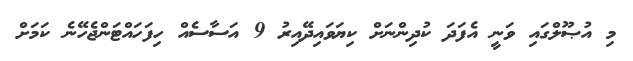
މި އުޞޫލްގައި ވަނީ އެފަދަ ކުދިންނަށް ކިޔަވައިދޭއިރު 9 އަސާސެއް ހިފަހައްޓަންޖެހޭނެ ކަމަށް